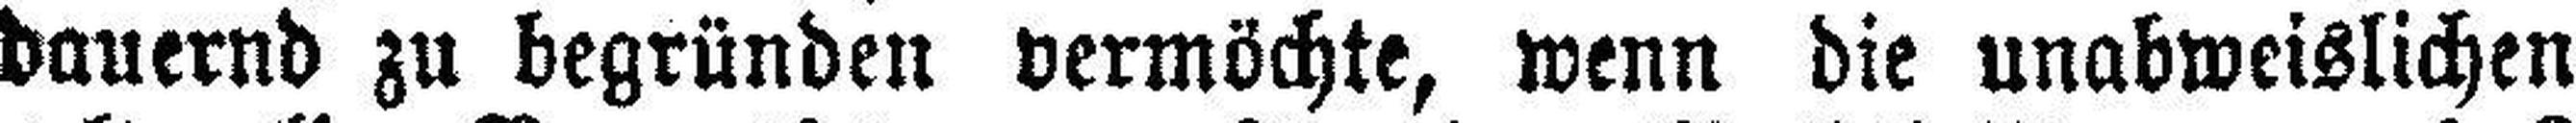
dauernd zu begründen vermöchte, wenn die unabweislichen